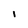
Character: i